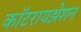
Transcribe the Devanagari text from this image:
कॉटरायझेशन